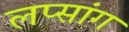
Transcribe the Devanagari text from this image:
लप्सांग